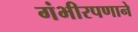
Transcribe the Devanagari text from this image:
गंभीरपणाने